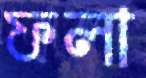
ফলা